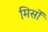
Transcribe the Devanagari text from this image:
मिसों